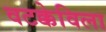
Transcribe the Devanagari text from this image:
वटक्केविला